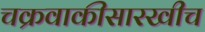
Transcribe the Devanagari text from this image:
चक्रवाकीसारखीच